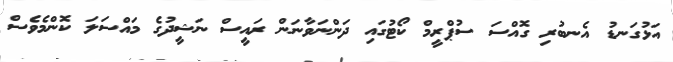
އަޅުގަނޑު އެނބުރި ގޮއްސަ ސުޕްރީމް ކޯޓުގައި ދަންނަވާނަން ރައީސް ނަޝީީދުގެ މައްސަލަ ކޮންމެވެސް